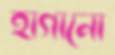
হাগানো